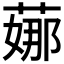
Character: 𦶦